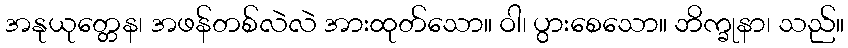
အနုယုတ္တေန၊ အဖန်တစ်လဲလဲ အားထုတ်သော။ ဝါ၊ ပွားစေသော။ ဘိက္ခုနာ၊ သည်။